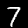
Label: 7